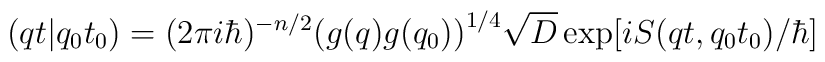
(qt \vert q_0 t_0 ) = (2\pi i\hbar )^{-n/2} \bigl(g(q)g(q_0 )             \bigr)^{1/4}             \sqrt{ D}  \exp \bigl[ i S(qt,q_0 t_0 )/\hbar \bigr]